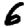
Digit: 6